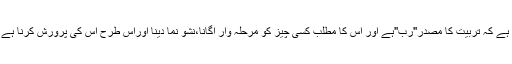
راغب اصفہانی نے مفردات میں لکھا ہے کہ تربیّت کا مصدر''ربّ''ہے اور اس کا مطلب کسی چیز کو مرحلہ وار اگانا،نشو نما دینا اوراس طرح اس کی پرورش کرنا ہے کہ وہ چیز اپنے کمال کو پہنچ جائے۔